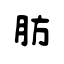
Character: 肪